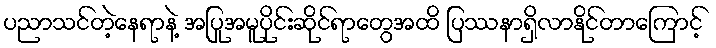
ပညာသင်တဲ့နေရာနဲ့ အပြုအမူပိုင်းဆိုင်ရာတွေအထိ ပြဿနာရှိလာနိုင်တာကြောင့်